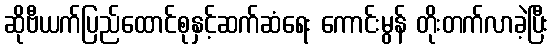
ဆိုဗီယက်ပြည်ထောင်စုနှင့်ဆက်ဆံရေး ကောင်းမွန် တိုးတက်လာခဲ့ပြီး